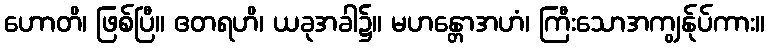
ဟောတိ၊ ဖြစ်ပြီ။ ဧတရဟိ၊ ယခုအခါ၌။ မဟန္တောအဟံ၊ ကြီးသောအကျွန်ုပ်ကား။